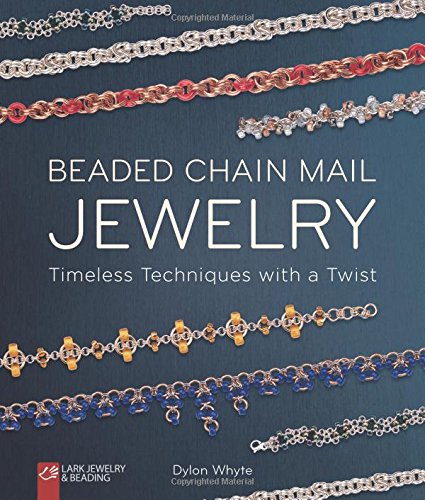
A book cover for Beaded Chain Mail Jewelry: Timeless Techniques with a Twist; Dylon Whyte; Crafts, Hobbies & Home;